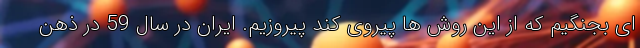
ای بجنگیم که از این روش ها پیروی کند پیروزیم. ایران در سال 59 در ذهن